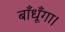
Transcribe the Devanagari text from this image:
बाँधूँगा।